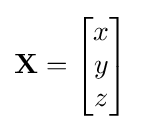
\mathbf {X} ={\begin{bmatrix}x\\y\\z\end{bmatrix}}